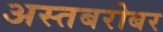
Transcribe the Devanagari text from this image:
अस्तबरोबर